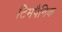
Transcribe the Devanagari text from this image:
टिमपैनिक